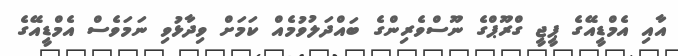
އާއި އެމްޑީއޭގެ ޕީޖީ ގްރޫޕްގެ ނޫސްވެރިންގެ ބައްދަލުވުމެއް ކަމަށް ވިދާޅުވި ނަމަވެސް އެމްޑީއޭގެ